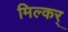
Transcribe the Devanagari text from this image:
मिल्कर्